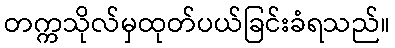
တက္ကသိုလ်မှထုတ်ပယ်ခြင်းခံရသည်။